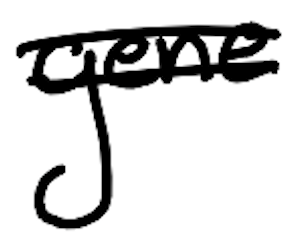
Text: gene
Cross-out: double-line
Writing tool: digital_black